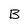
Character: B